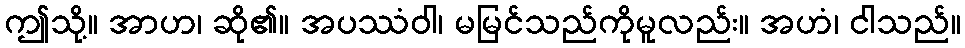
ဤသို့။ အာဟ၊ ဆို၏။ အပဿံဝါ၊ မမြင်သည်ကိုမူလည်း။ အဟံ၊ ငါသည်။